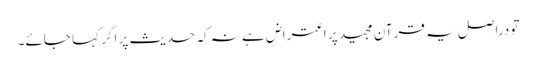
تو دراصل یہ قرآن مجید پر اعتراض ہے نہ کہ حدیث پر اگر کہا جائے۔